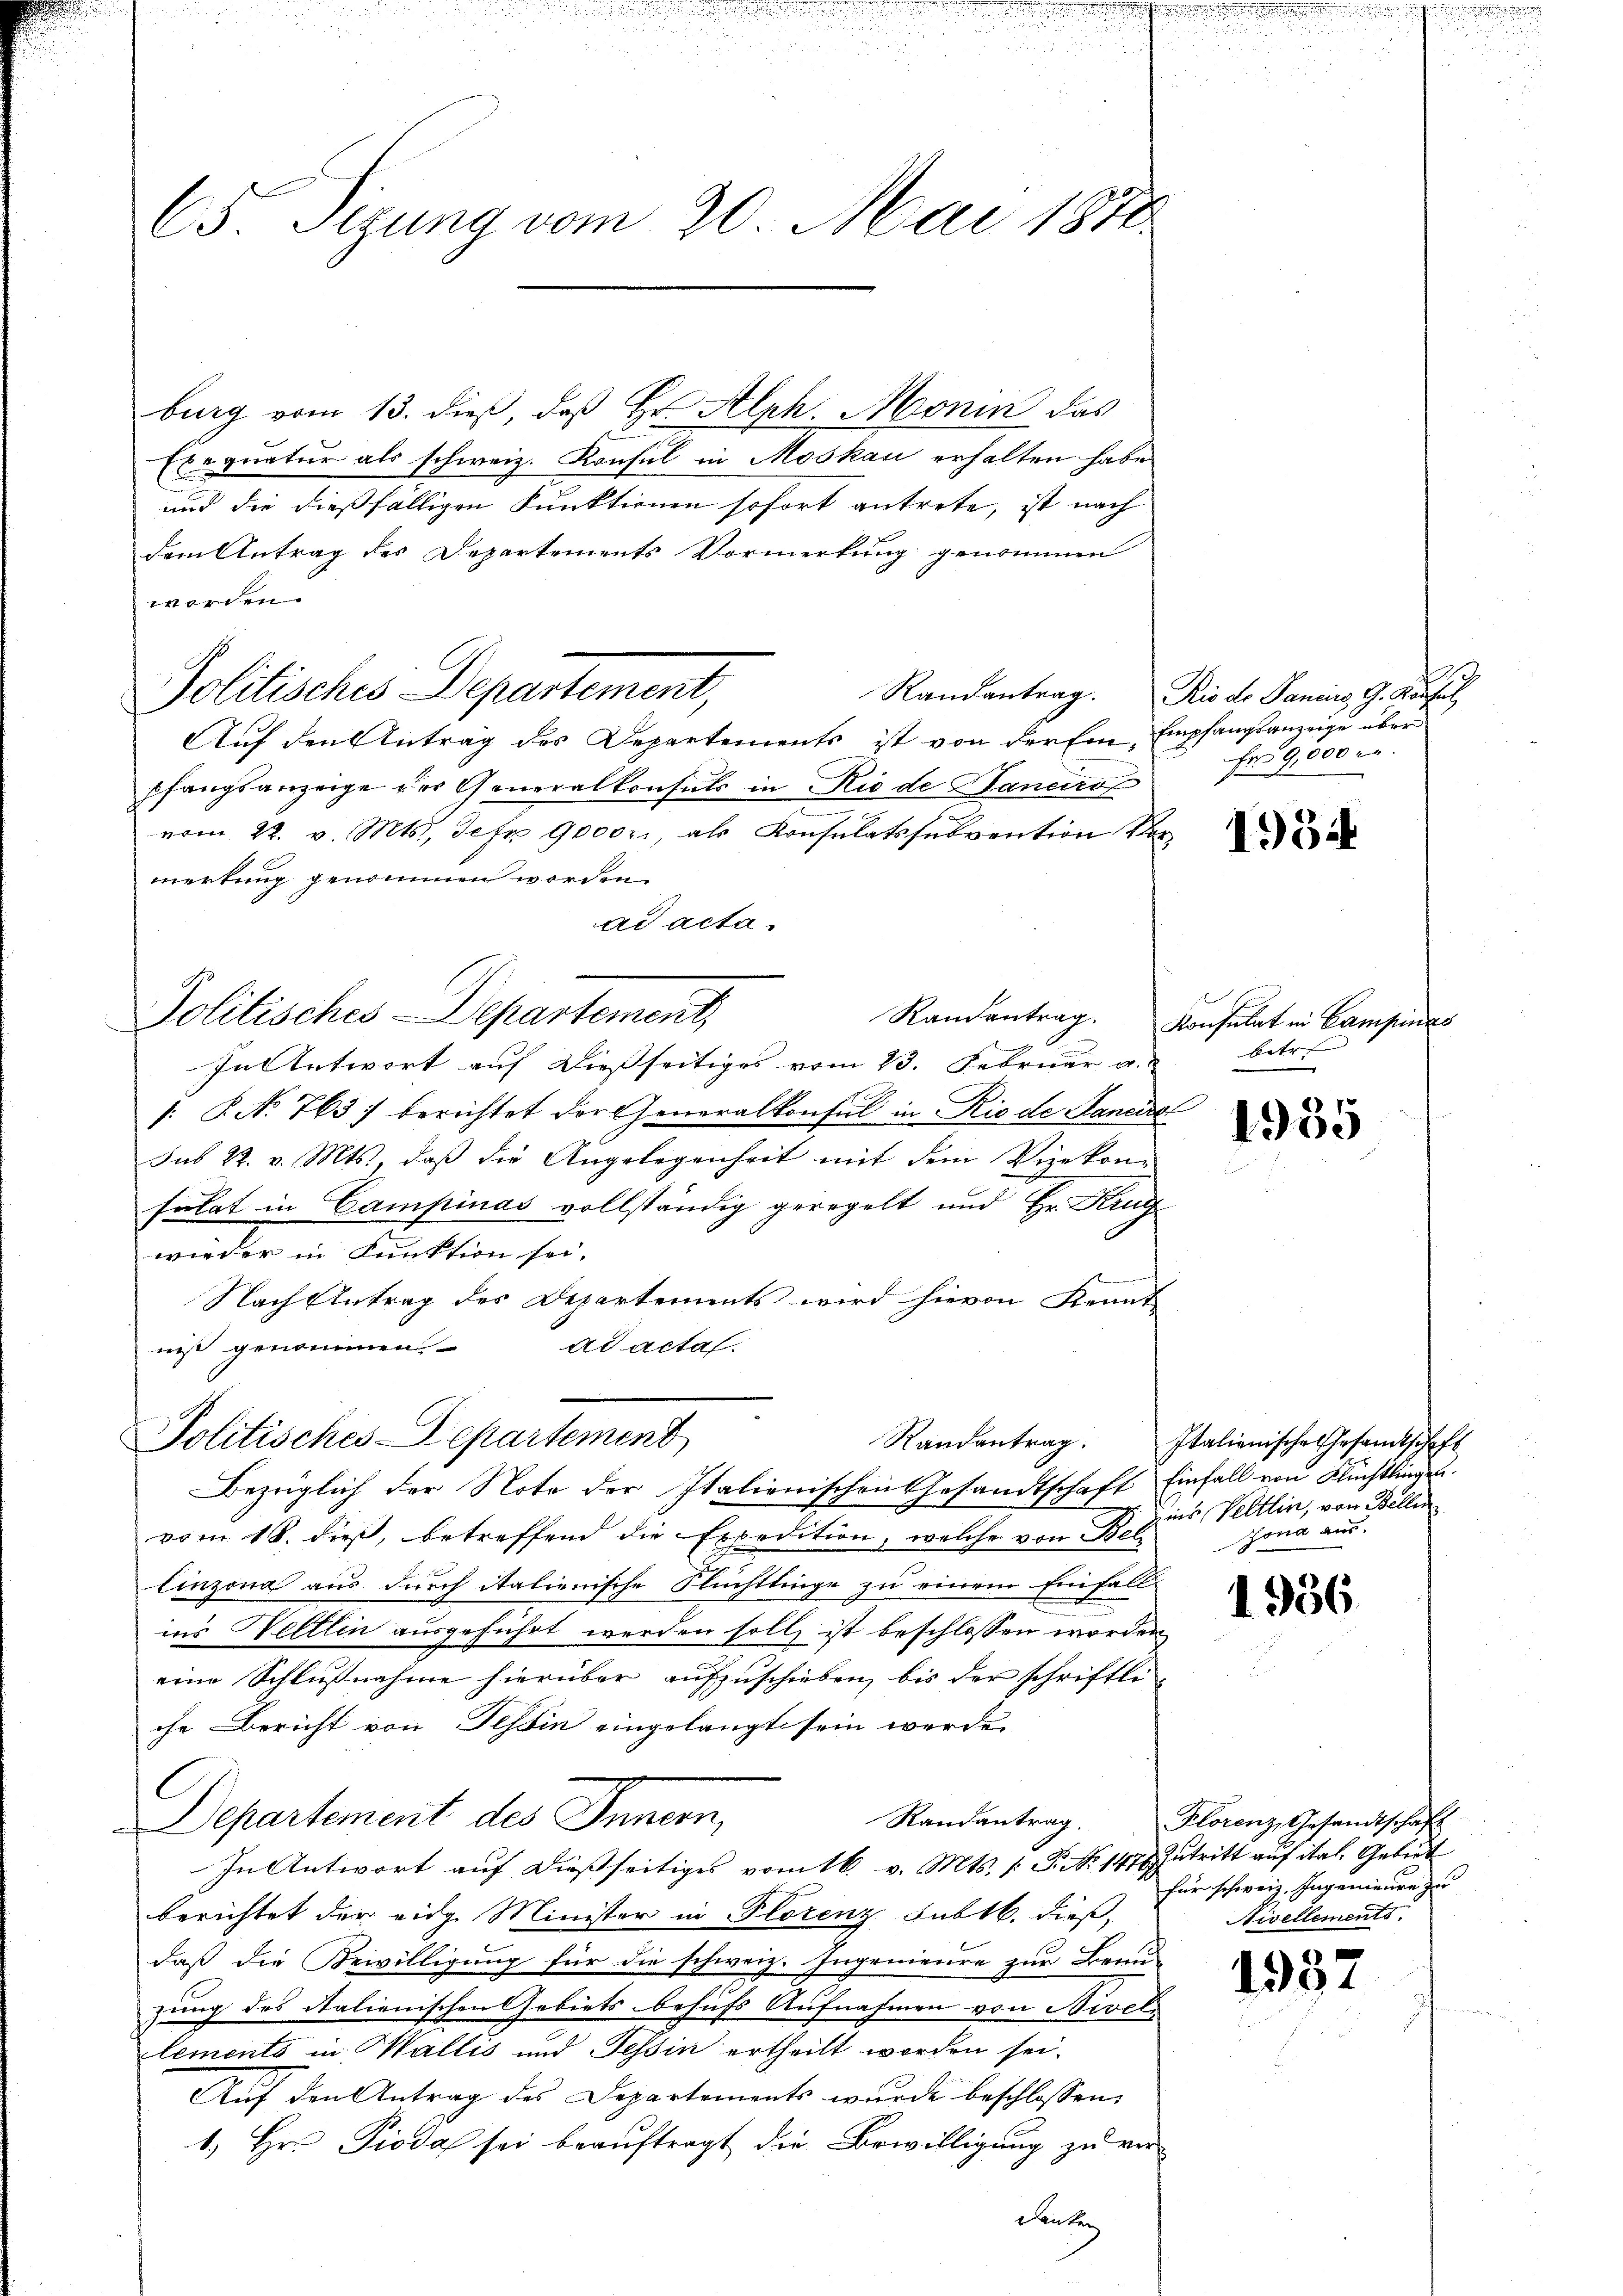
65. Ferung vom 20. Mai 1810.

burg vom 13. dieß, daß Er Alph. Monin das
Exequatur als schweiz. Konsul in Moskau erhalten habe
und die dießfälligen Punktionen sofort antrete, ist nach
dem Antrag des Departements Vormerkung genommen
worden.
Auf den Antrag des Departements ist von der Ein Empfangsanzeige über
pfangsanzeige der Generalkonsuls in Rio de aneiro
vom 22. v. Mts., Jefr 9000r., als Konsulatssubvention Vor-
merkung genommen worden.
ad acta.
Politisches Departement,
In Antwort auf dießseitiges vom 13. Februar a. betr.
/: P. No. 763) berichtet der Generalkonsul in Rio de Sanciret
Jus 22. v. Mts., daß die Angelegenheit mit dem Vizekon-
sulat in Campinas vollständig geregelt und Hr. Krug
wieder in Funktion sei.
Nach Antrag des Departements wird hievon Kennt
ad actaf.
niß genommen.
Politisches Departement
Bezüglich der Note der Italienischen Gesandtschaft Einfall von Flüchtlingen.
vom 18. dieß, betreffend die Expedition, welche von Bel
linzona aus durch italienische Flüchtlinge zu einem Einfall-
in’s Hettlin ausgeführt werden soll, ist beschlossen worden
eine Schlußnahme hierüber aufzuschieben, bis der schriftli
che Bericht von Tessin eingelangt sein werde.
C
Departement des Innern,
Randantrag.
In Antwort aŭf dießseitiges vom 16. v. Mts. v. P. Nr. 147 Zutritt auf ital. Gebiet
berichtet der eidg. Minister in Florenz Sublb. dieß,
daß die Bewilligung für die schweiz. Ingenieure zur Brun-
zung des Stalienischen Gebiets behufs Aufnahmen von Nivel
lements in Wallis und Tessin ertheilt worden sei.
Aŭf den Antrag des Departements wurde beschlossen:
1.) Hr. Pioda sei beauftragt die Bewilligung zu verdenten

Politisches Departement,

Randantrag. Rio de Janius G. Konsul

Fr 9,000 r.

e

1954

Randantrag. Konsulat in Campinas

1935

Randantrag. Italienische Gesandtschaft
ins, Veltlin, von Bellen
nd aus

1956

Klorenz, Gesandtschaft
für schweiz. Ingenieure zu
Nivellements.

1937